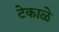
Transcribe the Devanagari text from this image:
टेकाळे